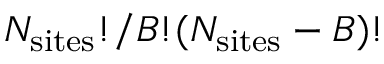
N _ { \mathrm { s i t e s } } ! / B ! ( N _ { \mathrm { s i t e s } } - B ) !